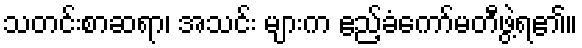
သတင်းစာဆရာ၊ အသင်း များက ဧည့်ခံကော်မတီဖွဲ့ရ၏။